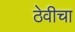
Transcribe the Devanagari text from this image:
ठेवीचा